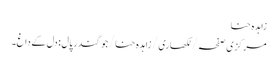
زاہدہ حنا
مرکزی صفحہ/ لکھاری/ زاہدہ حنا/جوگندر پال : دل کے داغ۔